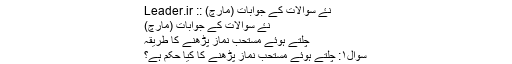
نۓ سوالات کے جوابات (مارچ) :: Leader.ir
نۓ سوالات کے جوابات (مارچ)
چلتے ہوئے مستحب نماز پڑھنے کا طریقہ
سوال۱: چلتے ہوئے مستحب نماز پڑھنے کا کیا حکم ہے؟